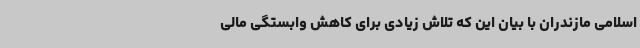
اسلامی مازندران با بیان این که تلاش زیادی برای کاهش وابستگی مالی